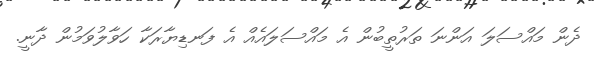
ދެން މައްސަލަ އަންނަ ތަރުތީބުން އެ މައްސަލައެއް އެ ފަނޑިޔާރަކާ ހަވާލުވަމުން ދާނީ.